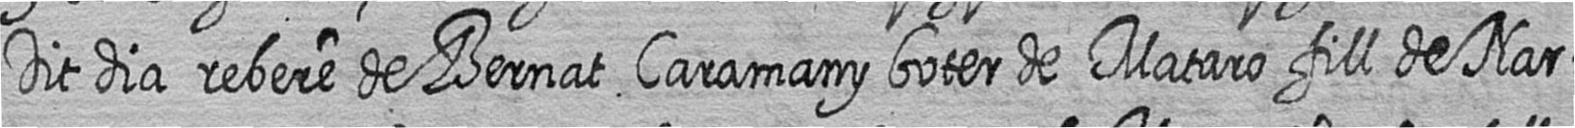
Dit dia rebere de Bernat Caramany boter de Mataro fill de Nar=